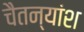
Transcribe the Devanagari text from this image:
चैतन्यांश